Hookworm disease and how to prevent it
Disease focus: Hookworm
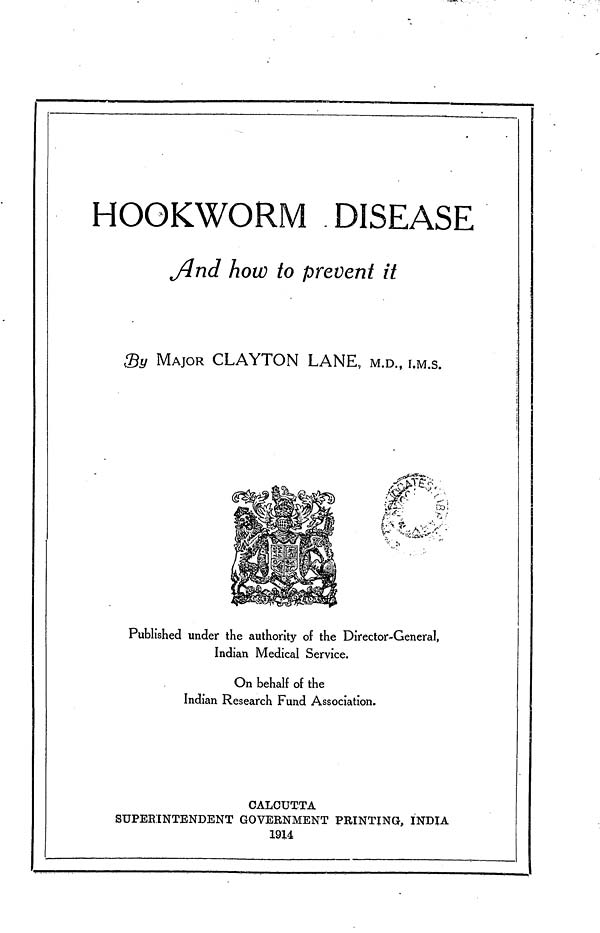
HOOKWORM DISEASE
And how to prevent it
By MAJOR CLAYTON LANE, M.D., I.M.S.
Published under the authority of the Director-General,
Indian Medical Service.
On behalf of the
Indian Research Fund Association.
CALCUTTA
SUPER ENTENDENT GOVERNMENT PRINTING, INDIA
19X4